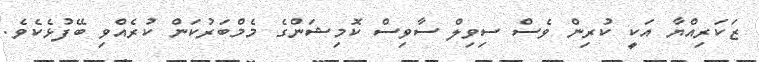
ޒަކަރިއްޔާ އަކީ ކުރިން ވެސް ސިވިލް ސާވިސް ކޮމިޝަންގެ މެމްބަރުކަން ކުރެއްވި ބޭފުޅެކެވެ.